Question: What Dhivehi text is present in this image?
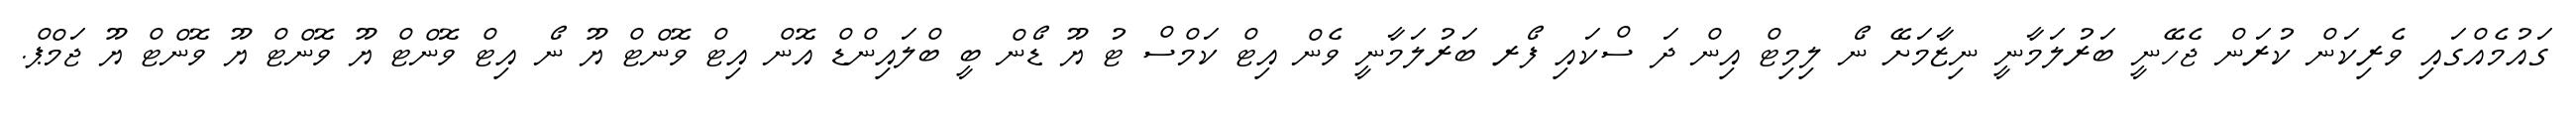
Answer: ގައުމެއްގައި ވެރިކަން ކުރަން ޖެހޭނީ ބަރުލަމާނީ ނިޒާމަށޭ ނޯ ލިމިޓް އިން ދަ ސްކައި ފޯރ ބަރުލަމާނީ ވެން އިޓް ކަމްސް ޓު ޔޫ ޑޯން ބީ ބްލައިންޑް އޮން އިޓް ވޮންޓް ޔޫ ނޯ އިޓް ވޮންޓް ޔޫ ވޮންޓް ޔޫ ވޮންޓް ޔޫ ޖަމްޕް.